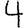
Digit: 4